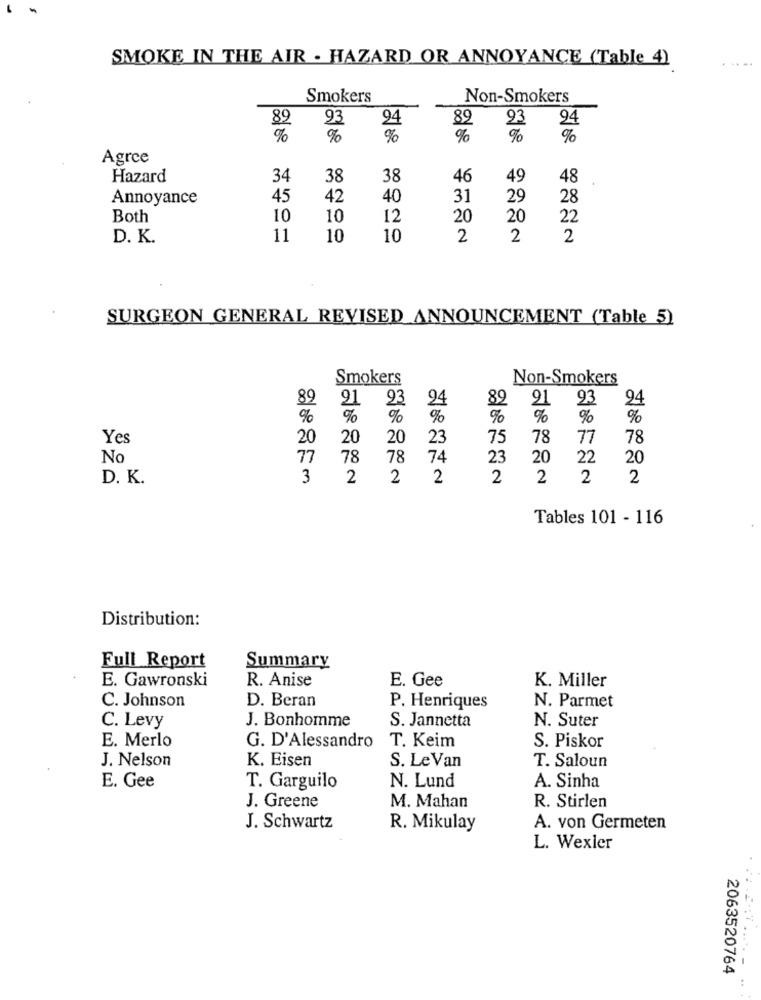
SMOKE IN THE AIR . HAZARD OR ANNOYANCE (Table 4)
....
Smokers
Non-Smokers
23
89
93
94
24
%
%
%
Agrce
Hazard
34
38
38
46
49
48
Annoyance
45
42
40
31
29
28
Both
10
10
12
20
20
22
D. K.
11
10
10
2
2
2
SURGEON GENERAL REVISED ANNOUNCEMENT (Table 5)
Smokers
Non-Smokers
89
91 93
24
89
91
93
%
%
%
%
%
Yes
20
20
20
23
75
78
77
78
No
77
78
78
74
23
20
22
20
D. K.
3
2
2
2
2
2
2
2
Tables 101 - 116
Distribution:
Full Report
Summary
E. Gawronski
E. Gee
R. Anise
K. Miller
D. Beran
C. Johnson
P. Henriques
N. Parmet
J. Bonhomme
S. Jannetta
N. Suter
C. Levy
E. Merlo
G. D'Alessandro
T. Keim
S. Piskor
K. Eisen
J. Nelson
S. Le Van
T. Saloun
A. Sinha
E. Gee
T. Garguilo
N. Lund
J. Greene
M. Mahan
R. Stirlen
J. Schwartz
R. Mikulay
A. von Germeten
L. Wexler
....
2063520764